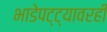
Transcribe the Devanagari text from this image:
भाडेपट्ट्यावरही